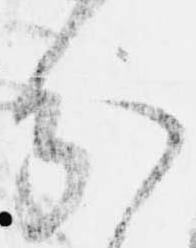
分